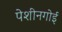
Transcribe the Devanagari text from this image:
पेशीनगोई